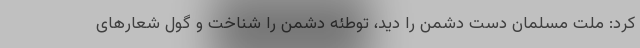
کرد: ملت مسلمان دست دشمن را دید، توطئه دشمن را شناخت و گول شعارهای